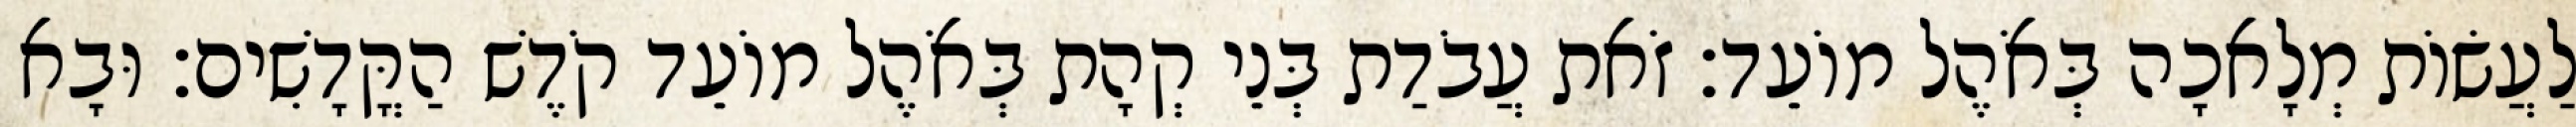
לַעֲשׂוֹת מְלָאכָה בְּאֹהֶל מוֹעֵד׃ זֹאת עֲבֹדַת בְּנֵי קְהָת בְּאֹהֶל מוֹעֵד קֹדֶשׁ הַקֳּדָשִׁים׃ וּבָא